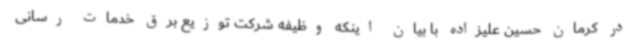
در کرمان حسین علیزاده با بیان اینکه وظیفه شرکت توزیع برق خدمات رسانی